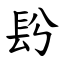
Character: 䦇